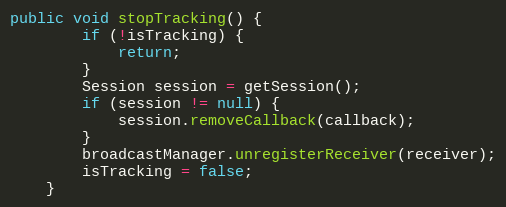
Language: Java
public void stopTracking() {
        if (!isTracking) {
            return;
        }
        Session session = getSession();
        if (session != null) {
            session.removeCallback(callback);
        }
        broadcastManager.unregisterReceiver(receiver);
        isTracking = false;
    }